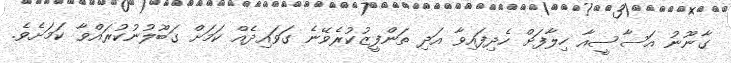
ގާނޫނު އަސާސީއާ ހިލާފަށް ހެދިފައިވާ އަދި ތަންފީޒުކުރެވޭނެ ގަވައިދެއް ކަމަށް ގަބޫލުނުކުރައްވާ ކަމަށެވެ.